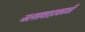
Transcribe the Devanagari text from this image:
जलप्रवाहाकाठी